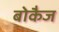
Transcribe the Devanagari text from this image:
बोकैज